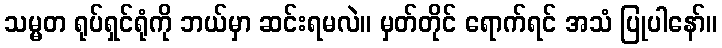
သမ္မတ ရုပ်ရှင်ရုံကို ဘယ်မှာ ဆင်းရမလဲ။ မှတ်တိုင် ရောက်ရင် အသံ ပြုပါနော်။